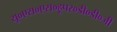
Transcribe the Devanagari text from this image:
यू०एस०एस०हूपर०डी०डी०जी